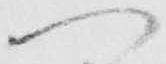
へ